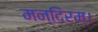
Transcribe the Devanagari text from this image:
मन्दिरम्।